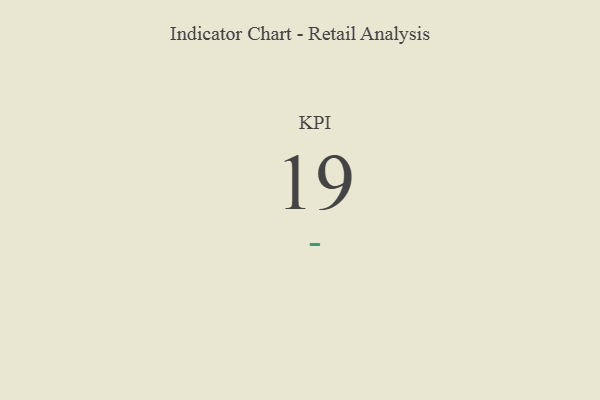
{"axis": {"x": "KPI", "y": "Value"}, "legend": [""], "data": [{"x": "KPI", "y": 19, "type": ""}]}